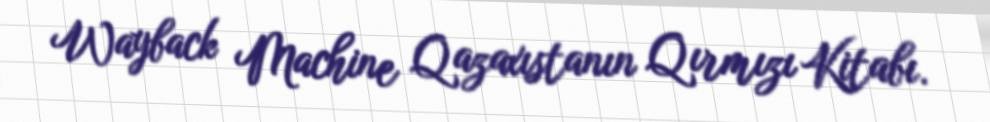
Wayback Machine Qazaxıstanın Qırmızı Kitabı.